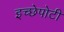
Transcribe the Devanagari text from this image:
इच्छेपोटी